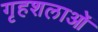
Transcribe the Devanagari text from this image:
गृहशलाओं